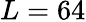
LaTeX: L=64